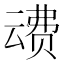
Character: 𰷦